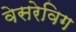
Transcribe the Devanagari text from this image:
वेसरेविग